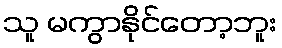
သူ မကွာနိုင်တော့ဘူး